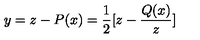
y = z - P ( x ) = \frac { 1 } { 2 } [ z - \frac { Q ( x ) } { z } ]